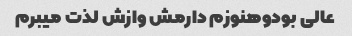
عالی بودوهنوزم دارمش وازش لذت میبرم